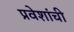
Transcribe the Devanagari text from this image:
प्रवेशांची